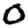
Digit: 0